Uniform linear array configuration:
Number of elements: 32
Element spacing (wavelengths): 1
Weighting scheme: uniform
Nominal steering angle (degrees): -15
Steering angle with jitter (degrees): -16.696
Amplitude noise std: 0.05
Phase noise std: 0.05

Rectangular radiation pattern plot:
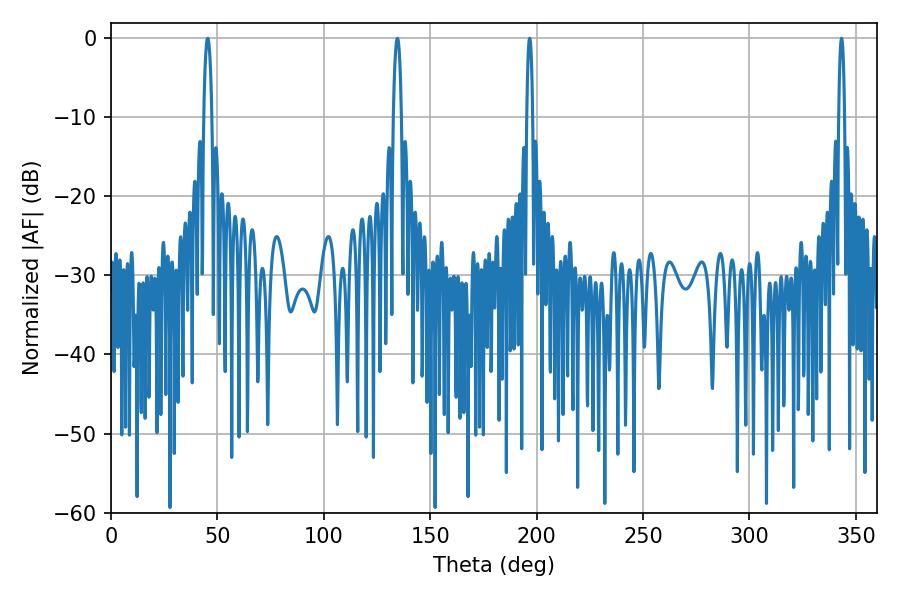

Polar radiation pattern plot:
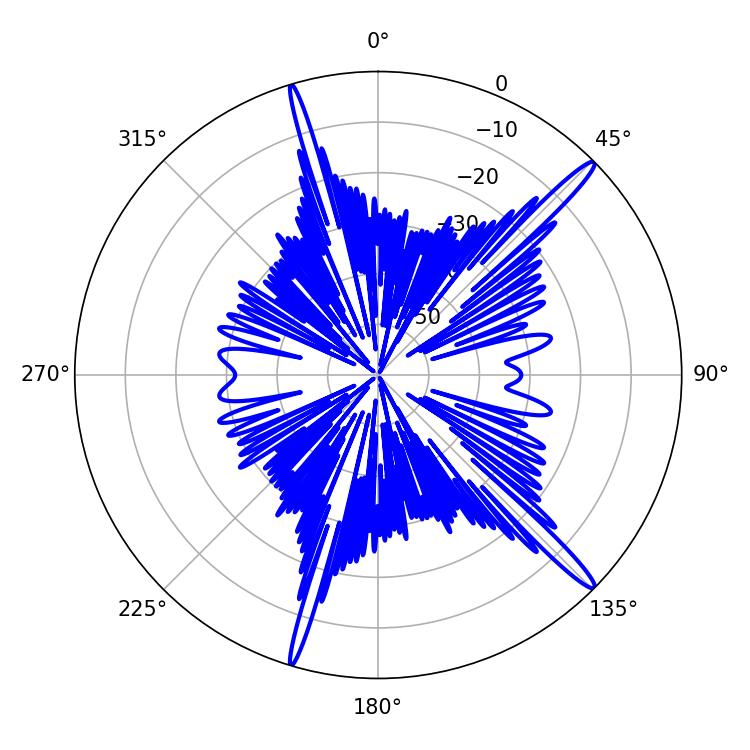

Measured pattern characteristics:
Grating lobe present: TRUE
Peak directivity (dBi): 16.544
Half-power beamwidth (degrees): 1.44
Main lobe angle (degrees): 343.26